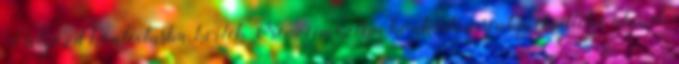
Helyezd kontextusba, kerlek Nem címeztem konkrétan senkinek, illetve akinek